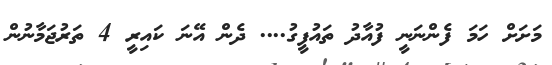
މަށަށް ހަމަ ފެންނަނީ ފުއާދު ތައުފީގު.... ދެން އޭނަ ކައިރީ 4 ތަރުޖަމާނުން